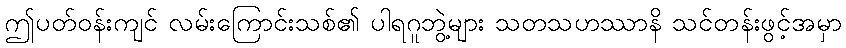
ဤပတ်ဝန်းကျင် လမ်းကြောင်းသစ်၏ ပါရဂူဘွဲ့များ သတသဟဿာနိ သင်တန်းဖွင့်အမှာ